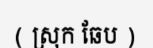
( ស្រុក ឆែប )